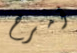
أمرح